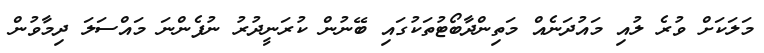
މަލަކަށް ވުރެ ލުއި މައުދަނެއް މަތިންދާބޯޓުތަކުގައި ބޭނުން ކުރަނީދުރު ނުފެންނަ މައްސަލަ ދިމާވުން